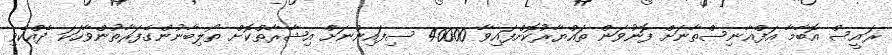
ރައީސް އޮބާމާ އަފްޣާނިސްތާނަށް ފޮނުވަން ތައްޔާރުކޮށްފައިވާ 40000 ސިފައިންނަށް އިޝާރާތްކޮށް ތޯލިބާނުންގެފަރާތުންވާހަކަ ދެއްކެވި